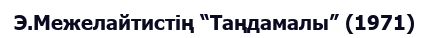
Э.Межелайтистің “Таңдамалы” (1971)